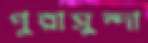
পুরাসুন্দা